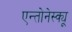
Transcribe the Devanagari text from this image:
एन्तोनेस्क्यू